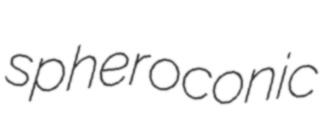
spheroconic